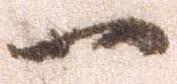
一